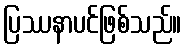
ပြဿနာပင်ဖြစ်သည်။